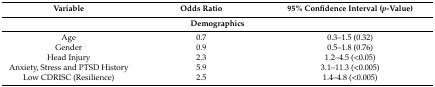
<table><thead><tr><td><b>Variable</b></td><td><b>Odds Ratio</b></td><td><b>95% Confidence Interval (<i>p</i>-Value)</b></td></tr></thead><tbody><tr><td colspan="3"><b>Demographics</b></td></tr><tr><td>Age</td><td>0.7</td><td>0.3–1.5 (0.32)</td></tr><tr><td>Gender</td><td>0.9</td><td>0.5–1.8 (0.76)</td></tr><tr><td>Head Injury</td><td>2.3</td><td>1.2–4.5 (&lt;0.05)</td></tr><tr><td>Anxiety, Stress and PTSD History</td><td>5.9</td><td>3.1–11.3 (&lt;0.005)</td></tr><tr><td>Low CDRISC (Resilience)</td><td>2.5</td><td>1.4–4.8 (&lt;0.005)</td></tr></tbody></table>